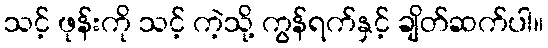
သင့် ဖုန်းကို သင့် ကဲ့သို့ ကွန်ရက်နှင့် ချိတ်ဆက်ပါ။